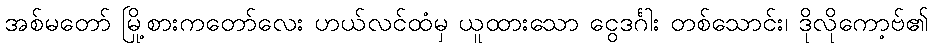
အစ်မတော် မြို့စားကတော်လေး ဟယ်လင်ထံမှ ယူထားသော ငွေဒင်္ဂါး တစ်သောင်း၊ ဒိုလိုကော့ဗ်၏